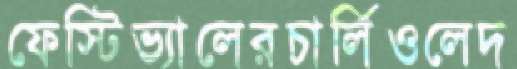
ফেস্টিভ্যালেরচার্লিওলেদ